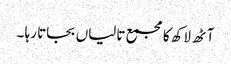
آٹھ لاکھ کا مجمع تالیاں بجاتا رہا ۔